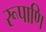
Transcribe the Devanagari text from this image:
रूपाणि